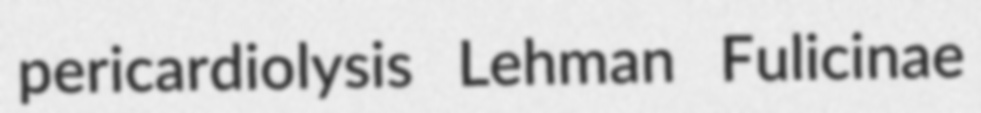
pericardiolysis Lehman Fulicinae